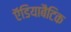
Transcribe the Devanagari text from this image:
ऍडियाबैटिक